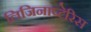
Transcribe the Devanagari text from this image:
लिजिनाप्टेरिस